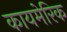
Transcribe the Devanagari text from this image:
कायमेरिक